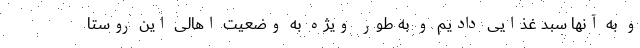
و به آنها سبد غذایی دادیم و به طور ویژه به وضعیت اهالی این روستا